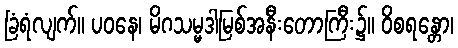
ခြံရံလျက်။ ပဝနေ၊ မိဂသမ္မဒါမြစ်အနီးတောကြီး၌။ ဝိစရန္တော၊